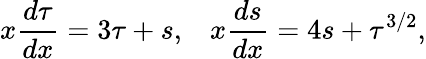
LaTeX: x\frac{d\tau}{dx}=3\tau+s,\; \; \; x\frac{ds}{dx}=4s+\tau^{3/2},